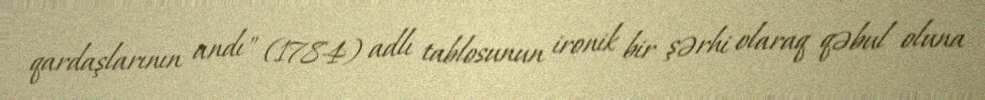
qardaşlarının andı" (1784) adlı tablosunun ironik bir şərhi olaraq qəbul oluna